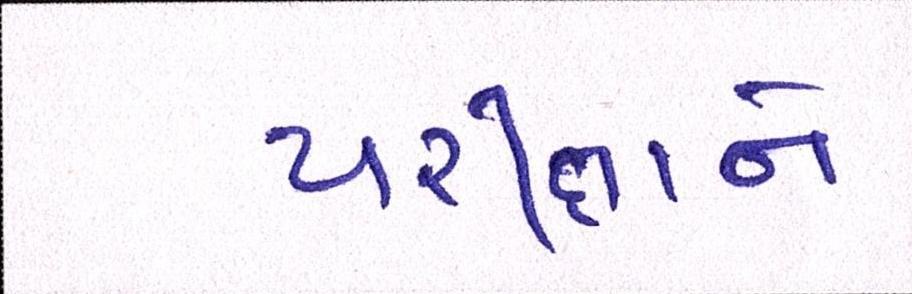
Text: પરીક્ષાને